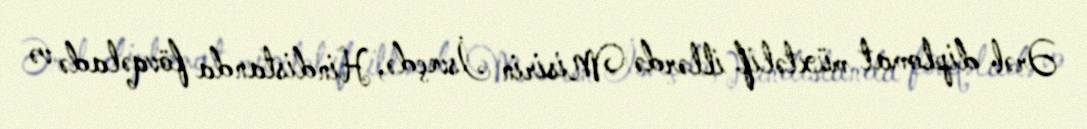
Ərəb diplomat müxtəlif illərdə Misirin İsveçdə, Hindistanda fövqəladə və